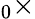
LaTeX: _0\times